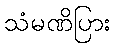
သံမဏိပြား